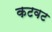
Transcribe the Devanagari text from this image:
कटवट